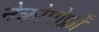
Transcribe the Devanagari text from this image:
नेक्रोमोर्फ्रों